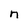
Character: n